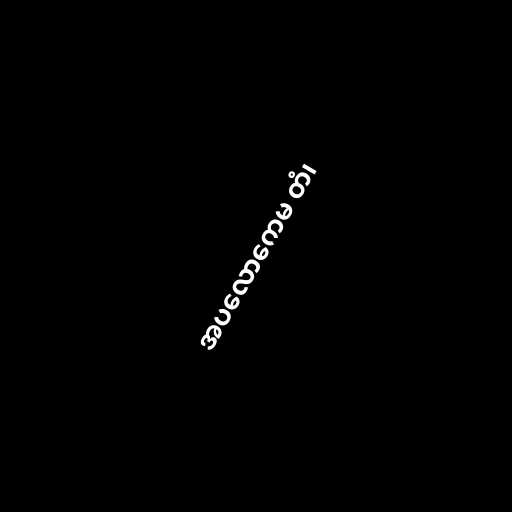
အပလောကေမ တံ၊